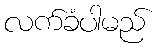
လက်ခံပါမည်